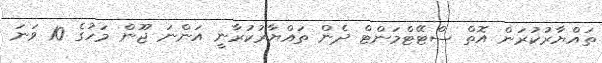
ތައްޔާރުކުރަން އޮތް ސްޓޭޓްމަންޓް ދެން ތައްޔާރުކުރާނީ އަންނަ ޖޫން މަހުގެ 10 ވަނަ